Vaccination North-Western Provinces and Oudh 1896-1901 - 1896-1901
Year: 1896
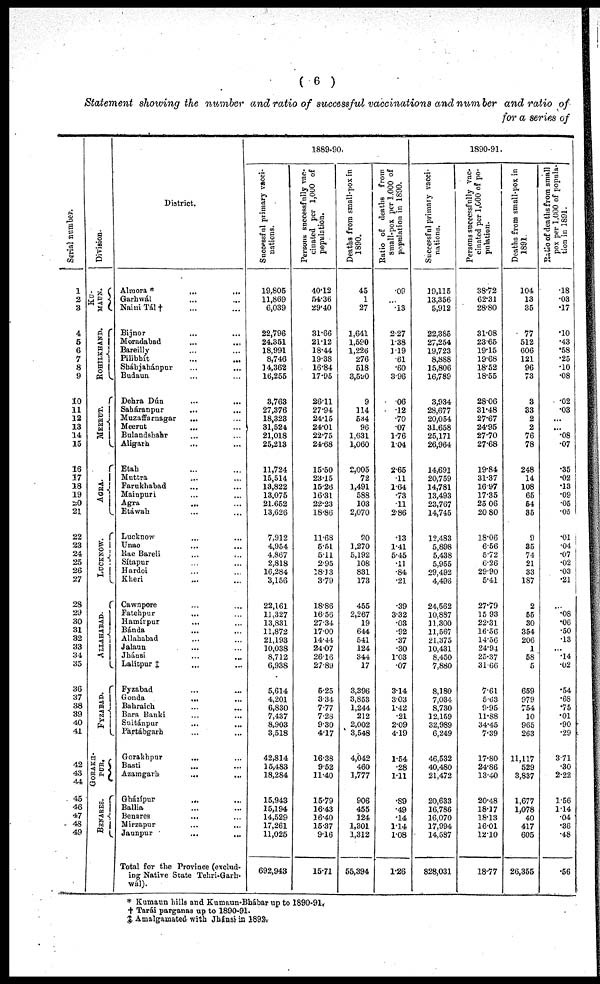
( 6 )
Statement showing the number and ratio of successful vaccinations and number and ratio of
for a series of
Serial number.
1
2
3
4
5
6
7
8
9
10
11
12
13
14
15
16
17
18
19
20
21
22
23
24
25
26
27
28
29
30
31
32
33
34
35
36
37
38
39
40
41
42
43
44
45
46
47
48
49
Division.
KU-
MAUN.
ROHILKHAND.
MEERUT.
AGRA.
LUCKNOW.
ALLAHABAD.
FYZABAD.
GORAKH-
PUR.
BENARES.
District.
Almora *
... ...
Garhwál ... ...
Naini Tál † ... ...
Bijnor ... ...
Moradabad ... ...
Bareilly ... ...
Pilibhit ... ...
Sháhjahánpur ... ...
Budaun ... ...
Dehra Dún ... ...
Saháranpur
...
...
Muzaffarnagar ... ...
Meerut ... ...
Bulandshah ... ...
Aligarh ... ...
Etah ... ...
Muttra ... ...
Farukhabad ... ...
Mainpuri ... ...
Agra ... ...
Etáwah ... ...
Lucknow ... ...
Unao ... ...
Rae Bareli ... ...
Sítapur ... ...
Hardoi ... ...
Kheri ... ...
Cawnpore ... ...
Fatehpur ... ...
Hamíupur ... ...
Bánda ... ...
Allahabad ... ...
Jalaun ... ...
Jhánsi ... ...
Lalitpur ‡ ... ...
Fyzabad ... ...
Gonda
...
...
Bahraich ... ...
Bara Banki
...
...
Suitánpur ... ...
Partábgarh ... ...
Gorakhpur ... ...
Basti ... ...
Azamgarh
...
...
Gházípur
...
...
Ballia ... ...
Benares
...
...
Mirzapur ... ...
Jannpur ... ...
Total for the Province (exclud-
ing Native State Tehri-Garh-
wál).
1889-90.
Successful primary vacci-
nations.
19,805
11,869
6,039
22,796
24,351
18,991
8,746
14,362
16,255
3,763
27,376
18,323
31,524
21,018
25,213
11,724
15,514
13,822
13,075
21,652
13,626
7,912
4,954
4,867
2,818
16,284
3,156
22,161
11,327
13,831
11,872
21,193
10,038
8,712
6,938
5,614
4,201
6,830
7,437
8,903
3,518
42,814
15,483
18,284
15,943
15,194
14,529
17,261
11,025
692,943
Persons successfully vac-
cinated per 1,000 of
population.
40.12
54.36
29.40
31.66
21.12
18.44
19.38
16.84
17.95
26.11
27.94
24.15
24.01
22.75
24.68
15.50
23.15
15.26
16.31
22.23
18.86
11.68
5.51
5.11
2.95
18.13
3.79
18.86
16.56
27.34
17.00
14.44
24.07
26.16
27.89
5.25
3.34
7.77
7.28
9.30
4.17
16.38
9.52
11.40
15.79
16.43
16.40
15.37
9.16
15.71
Deaths from small-pox in
1890.
45
1
27
1,641
1,590
1,226
276
518
3,590
9
114
534
96
1,631
1,060
2,005
72
1,491
588
103
2,070
80
1,270
5,192
108
831
173
455
2,267
19
644
541
124
344
17
3,396
3,853
1,244
212
2,002
3,548
4,042
460
1,777
906
455
124
1,301
1,312
55,394
Ratio of deaths from
small-pox per 1,000 of
population in 1890.
.09
...
.13
2.27
1.38
1.19
.61
.60
3.96
.06
.12
.70
.07
1.76
1.04
2.65
.11
1.64
.73
.11
2.86
.13
1.41
5.45
.11
.84
.21
.39
3.32
.03
.92
.37
.30
1.03
.07
3.14
3.03
1.42
.21
2.09
4.19
1.54
.28
1.11
.89
.49
.14
1.14
1.08
1.26
1890-91.
Successful primary vacci-
nations.
19,115
13,356
5,912
22,385
27,254
19,723
8,888
15,806
16,789
3,934
28,677
20,054
31,658
25,171
26,964
14,691
20,759
14,781
13,493
23,767
14,745
12,483
5,898
5,438
5,955
29,492
4,496
24,562
10,887
11,300
11,567
21,375
10,431
8,450
7,880
8,180
7,034
8,730
12,159
32,989
6,249
46,532
40,480
21,472
20,633
16,786
16,070
17,994
14,587
828,031
Persons successfully vac-
cinated per 1,000 of po-
pulation.
38.72
62.31
28.80
31.08
23.65
19.15
19.68
18.52
18.55
28.06
31.48
27.67
24.95
27.70
27.68
19.84
31.37
16.97
17.35
25.06
20.80
18.06
6.56
5.72
6.26
29.90
5.41
27.79
15.93
22.31
16.56
14.56
24.94
25.37
31.66
7.61
5.63
9.95
11.88
34.45
7.39
17.80
24.86
13.40
20.48
18.17
18.13
16.01
12.10
18.77
Deaths from small-pox in
1891.
104
13
35
77
512
606
121
96
73
3
33
2
2
76
78
248
14
108
65
54
35
9
35
74
21
33
187
2
55
30
354
206
1
58
5
659
979
754
10
965
263
11,117
529
3,837
1,677
1,078
40
417
605
26,355
Ratio of deaths from small
pox per 1,000 of popula-
tion in 1891.
.18
.03
.17
.10
.43
.58
.25
.10
.08
.02
.03
...
...
.08
.07
.35
.02
.13
.09
.05
.05
.01
.04
.07
.02
.03
.21
...
.08
.06
.50
.13
...
.14
.02
.54
.68
.75
.01
.90
.29
3.71
.30
2.22
1.56
1.14
.04
.36
.48
.56
* Kumaun hills and Kumaun-Bhábar up to 1890-91,
† Tarái parganas up to 1890-91.
‡ Amalgamated with Jhánsi in 1892.